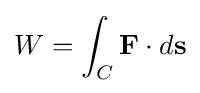
W=\int _{C}\mathbf {F} \cdot d\mathbf {s}